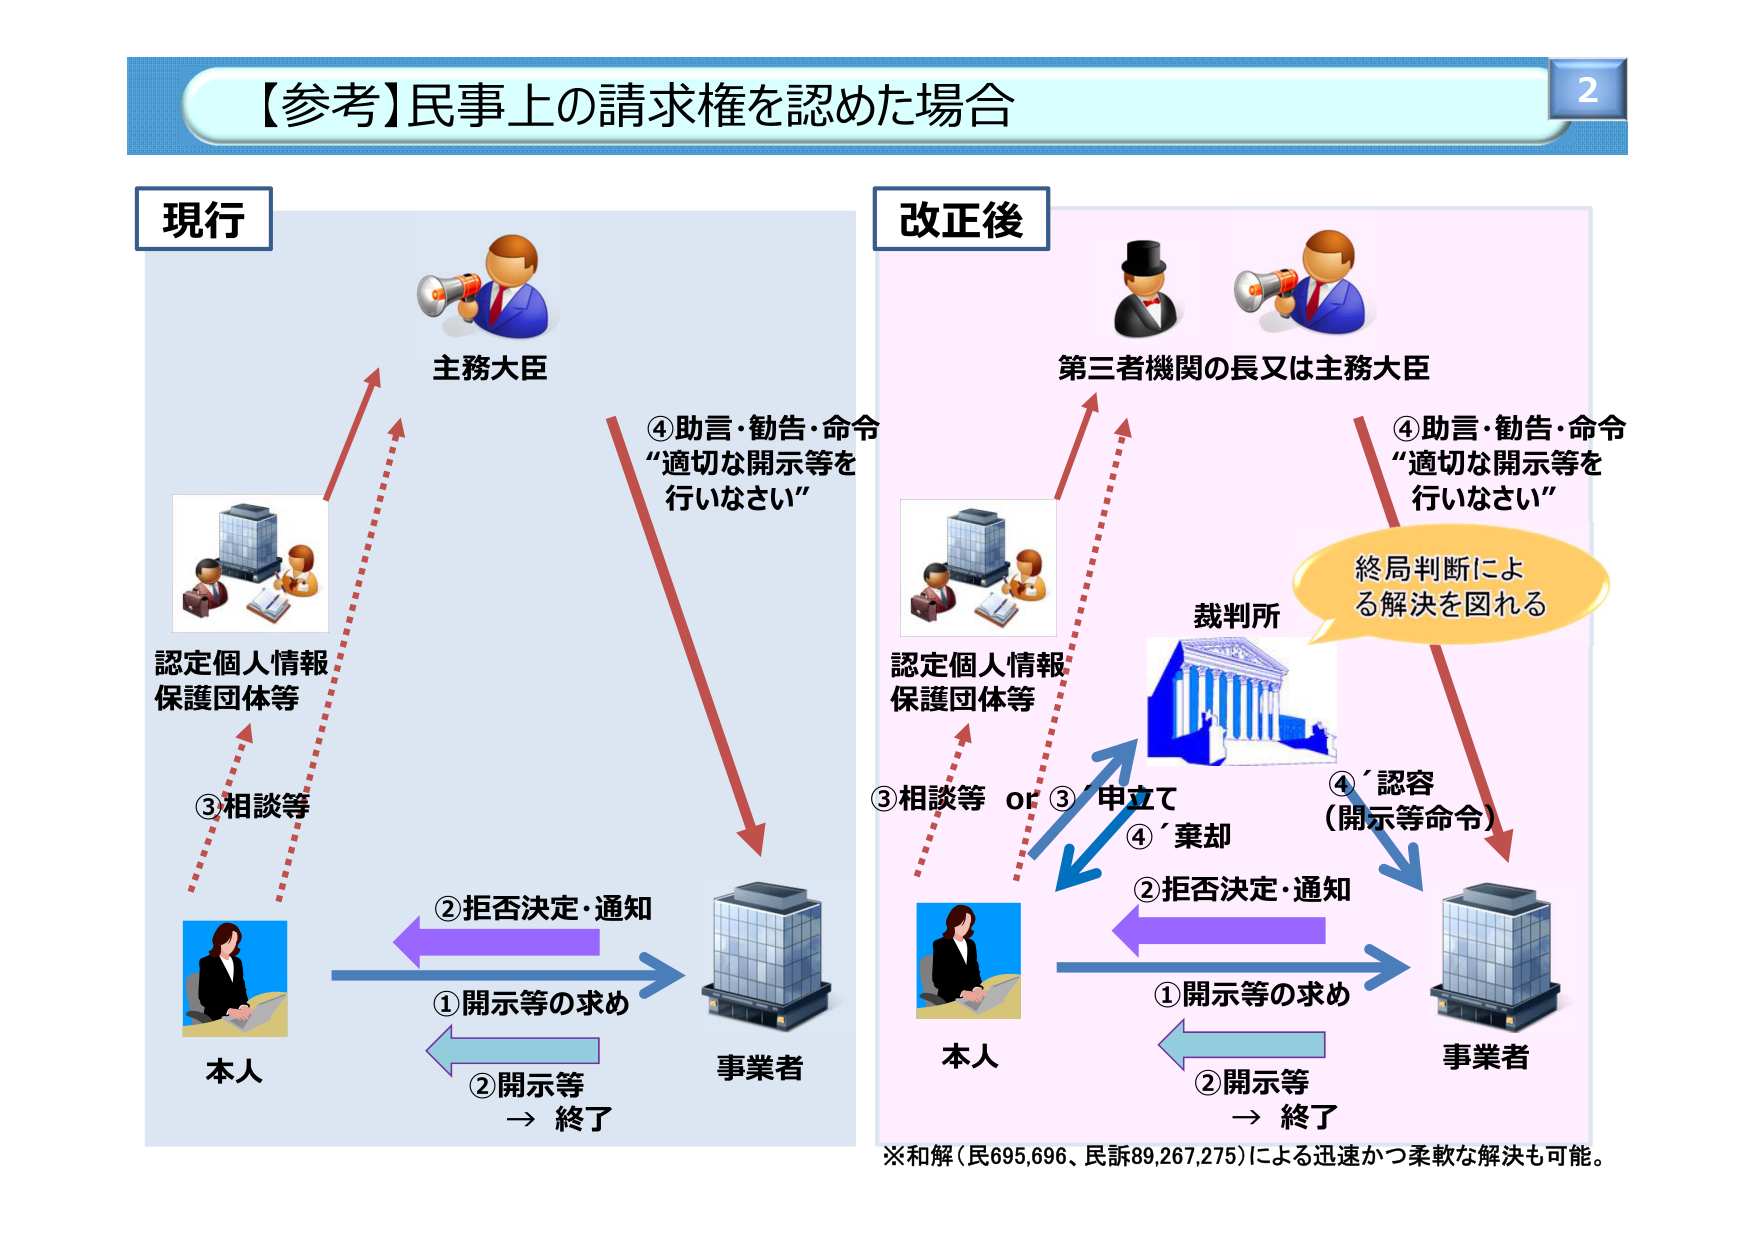
【参考】民事上の請求権を認めた場合

2

現行

主務大臣

④助言・勧告・命令
“適切な開示等を
行いなさい”

認定個人情報
保護団体等

③相談等

本人

②拒否決定・通知

①開示等の求め

②開示等
→ 終了

事業者

改正後

第三者機関の長又は主務大臣

④助言・勧告・命令
“適切な開示等を
行いなさい”

認定個人情報
保護団体等

③相談等 or ③’申立て

④’棄却

②拒否決定・通知

①開示等の求め

②開示等
→ 終了

本人

事業者

裁判所

終局判断によ
る解決を図れる

④’認容
（開示等命令）

※和解（民695,696、民訴89,267,275）による迅速かつ柔軟な解決も可能。